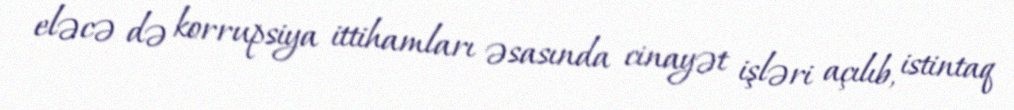
eləcə də korrupsiya ittihamları əsasında cinayət işləri açılıb, istintaq